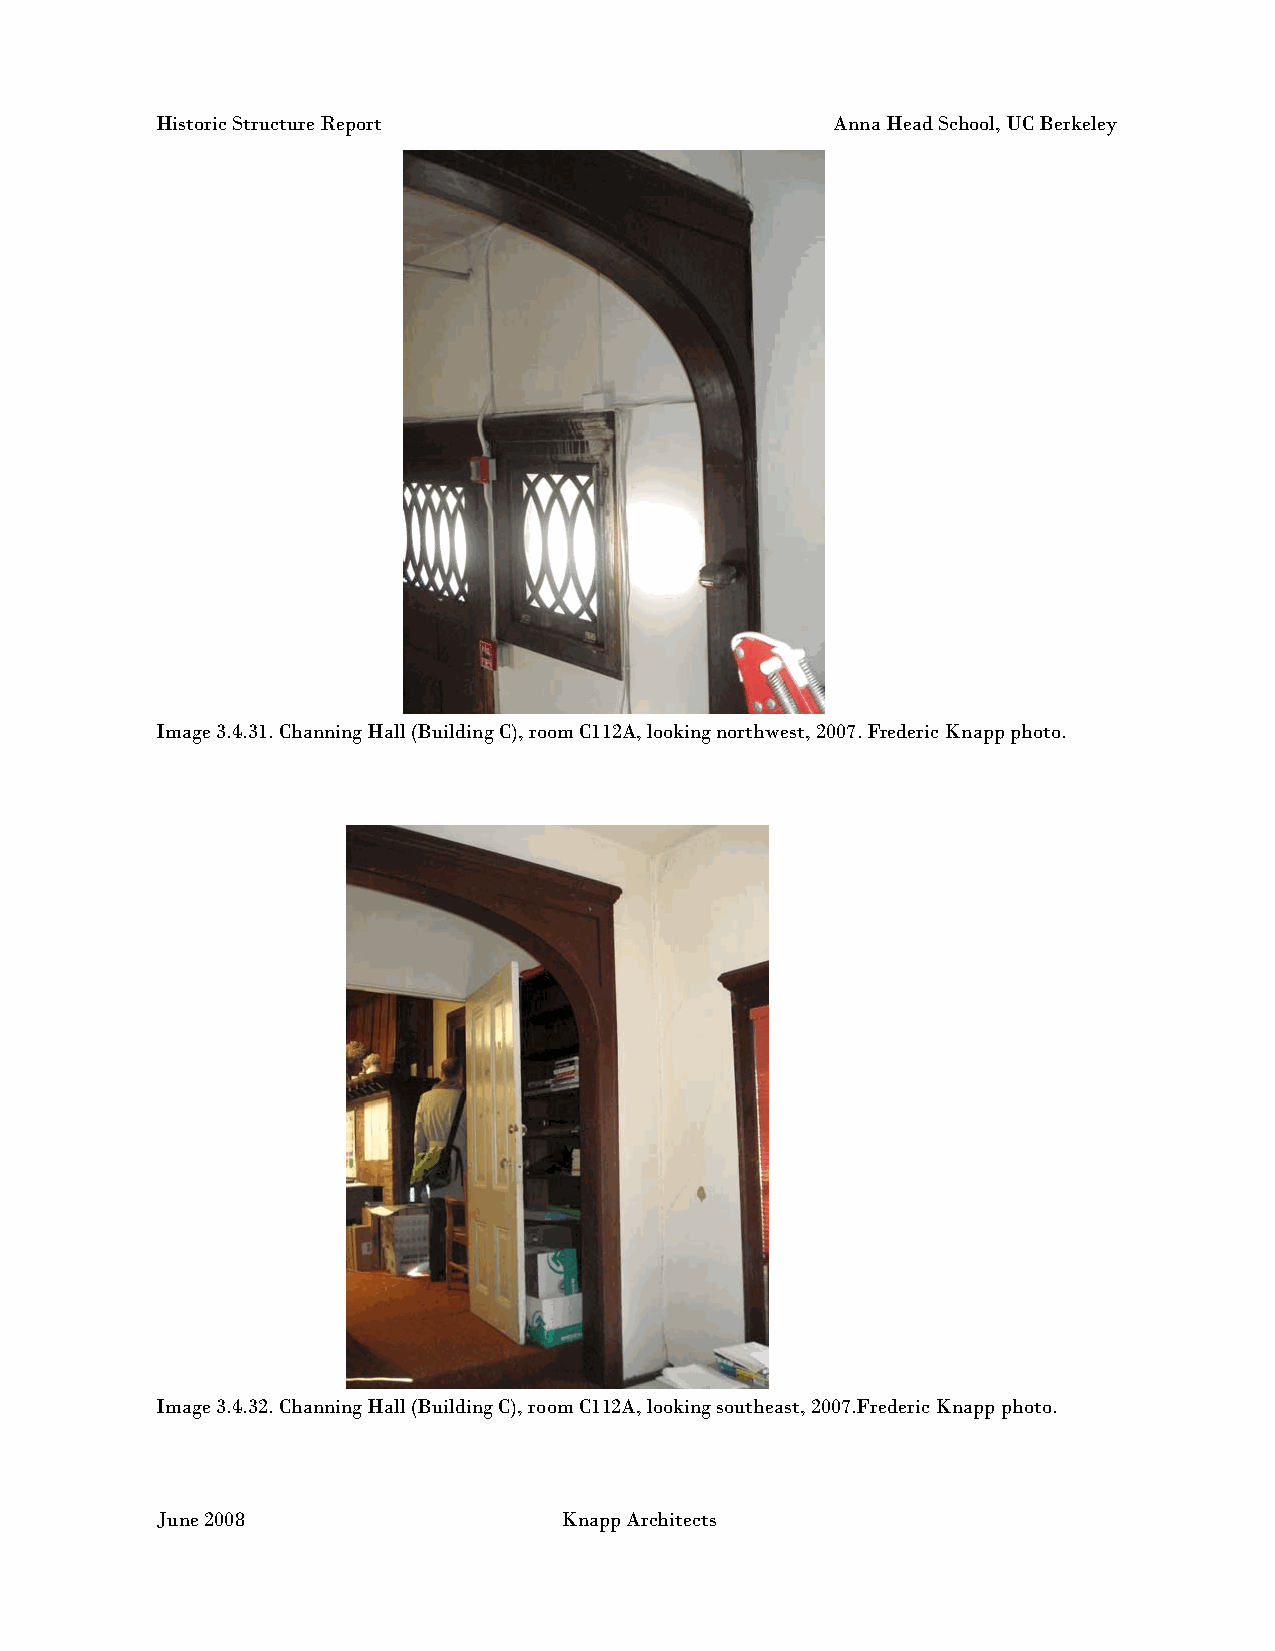
Historic Structure Report                    Anna Head School, UC Berkeley
 Image 3.4.31. Channing Hall (Building C), room C112A, looking northwest, 2007. Frederic Knapp photo.
 Image 3.4.32. Channing Hall (Building C), room C112A, looking southeast, 2007.Frederic Knapp photo.
 June 2008                  Knapp Architects